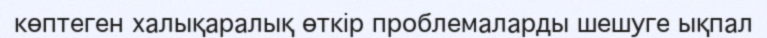
көптеген халықаралық өткір проблемаларды шешуге ықпал